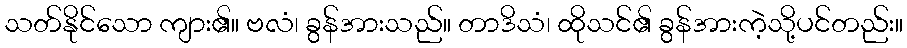
သတ်နိုင်သော ကျား၏။ ဗလံ၊ ခွန်အားသည်။ တာဒိသံ၊ ထိုသင်၏ ခွန်အားကဲ့သို့ပင်တည်း။